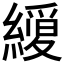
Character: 𮉆